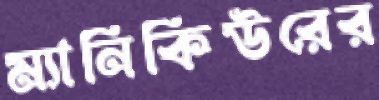
ম্যানিকিউরের